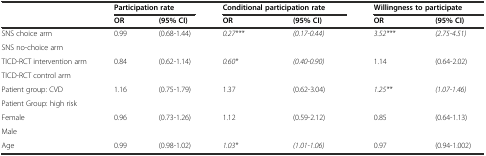
<table><thead><tr><td></td><td colspan="2"><b>Participation rate</b></td><td colspan="2"><b>Conditional participation rate</b></td><td colspan="2"><b>Willingness to participate</b></td></tr><tr><td></td><td><b>OR</b></td><td><b>(95% CI)</b></td><td><b>OR</b></td><td><b>(95% CI)</b></td><td><b>OR</b></td><td><b>(95% CI)</b></td></tr></thead><tbody><tr><td>SNS choice arm</td><td>0.99</td><td>(0.68-1.44)</td><td><i>0.27***</i></td><td><i>(0.17-0.44)</i></td><td><i>3.52***</i></td><td><i>(2.75-4.51)</i></td></tr><tr><td>SNS no-choice arm</td><td></td><td></td><td></td><td></td><td></td><td></td></tr><tr><td>TICD-RCT intervention arm</td><td>0.84</td><td>(0.62-1.14)</td><td><i>0.60*</i></td><td><i>(0.40-0.90)</i></td><td>1.14</td><td>(0.64-2.02)</td></tr><tr><td>TICD-RCT control arm</td><td></td><td></td><td></td><td></td><td></td><td></td></tr><tr><td>Patient group: CVD</td><td>1.16</td><td>(0.75-1.79)</td><td>1.37</td><td>(0.62-3.04)</td><td><i>1.25**</i></td><td><i>(1.07-1.46)</i></td></tr><tr><td>Patient Group: high risk</td><td></td><td></td><td></td><td></td><td></td><td></td></tr><tr><td>Female</td><td>0.96</td><td>(0.73-1.26)</td><td>1.12</td><td>(0.59-2.12)</td><td>0.85</td><td>(0.64-1.13)</td></tr><tr><td>Male</td><td></td><td></td><td></td><td></td><td></td><td></td></tr><tr><td>Age</td><td>0.99</td><td>(0.98-1.02)</td><td><i>1.03*</i></td><td><i>(1.01-1.06)</i></td><td>0.97</td><td>(0.94-1.002)</td></tr></tbody></table>